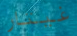
غيتار